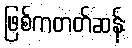
ဖြစ်ကတတ်ဆန်း